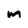
Character: m